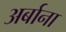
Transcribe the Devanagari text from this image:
अर्बाना